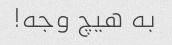
به هیچ وجه!